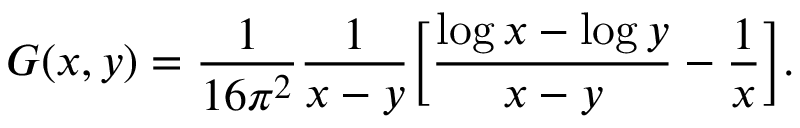
G ( x , y ) = \frac { 1 } { 1 6 \pi ^ { 2 } } \frac { 1 } { x - y } \bigg [ \frac { \log x - \log y } { x - y } - \frac { 1 } { x } \bigg ] .